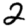
Digit: 2